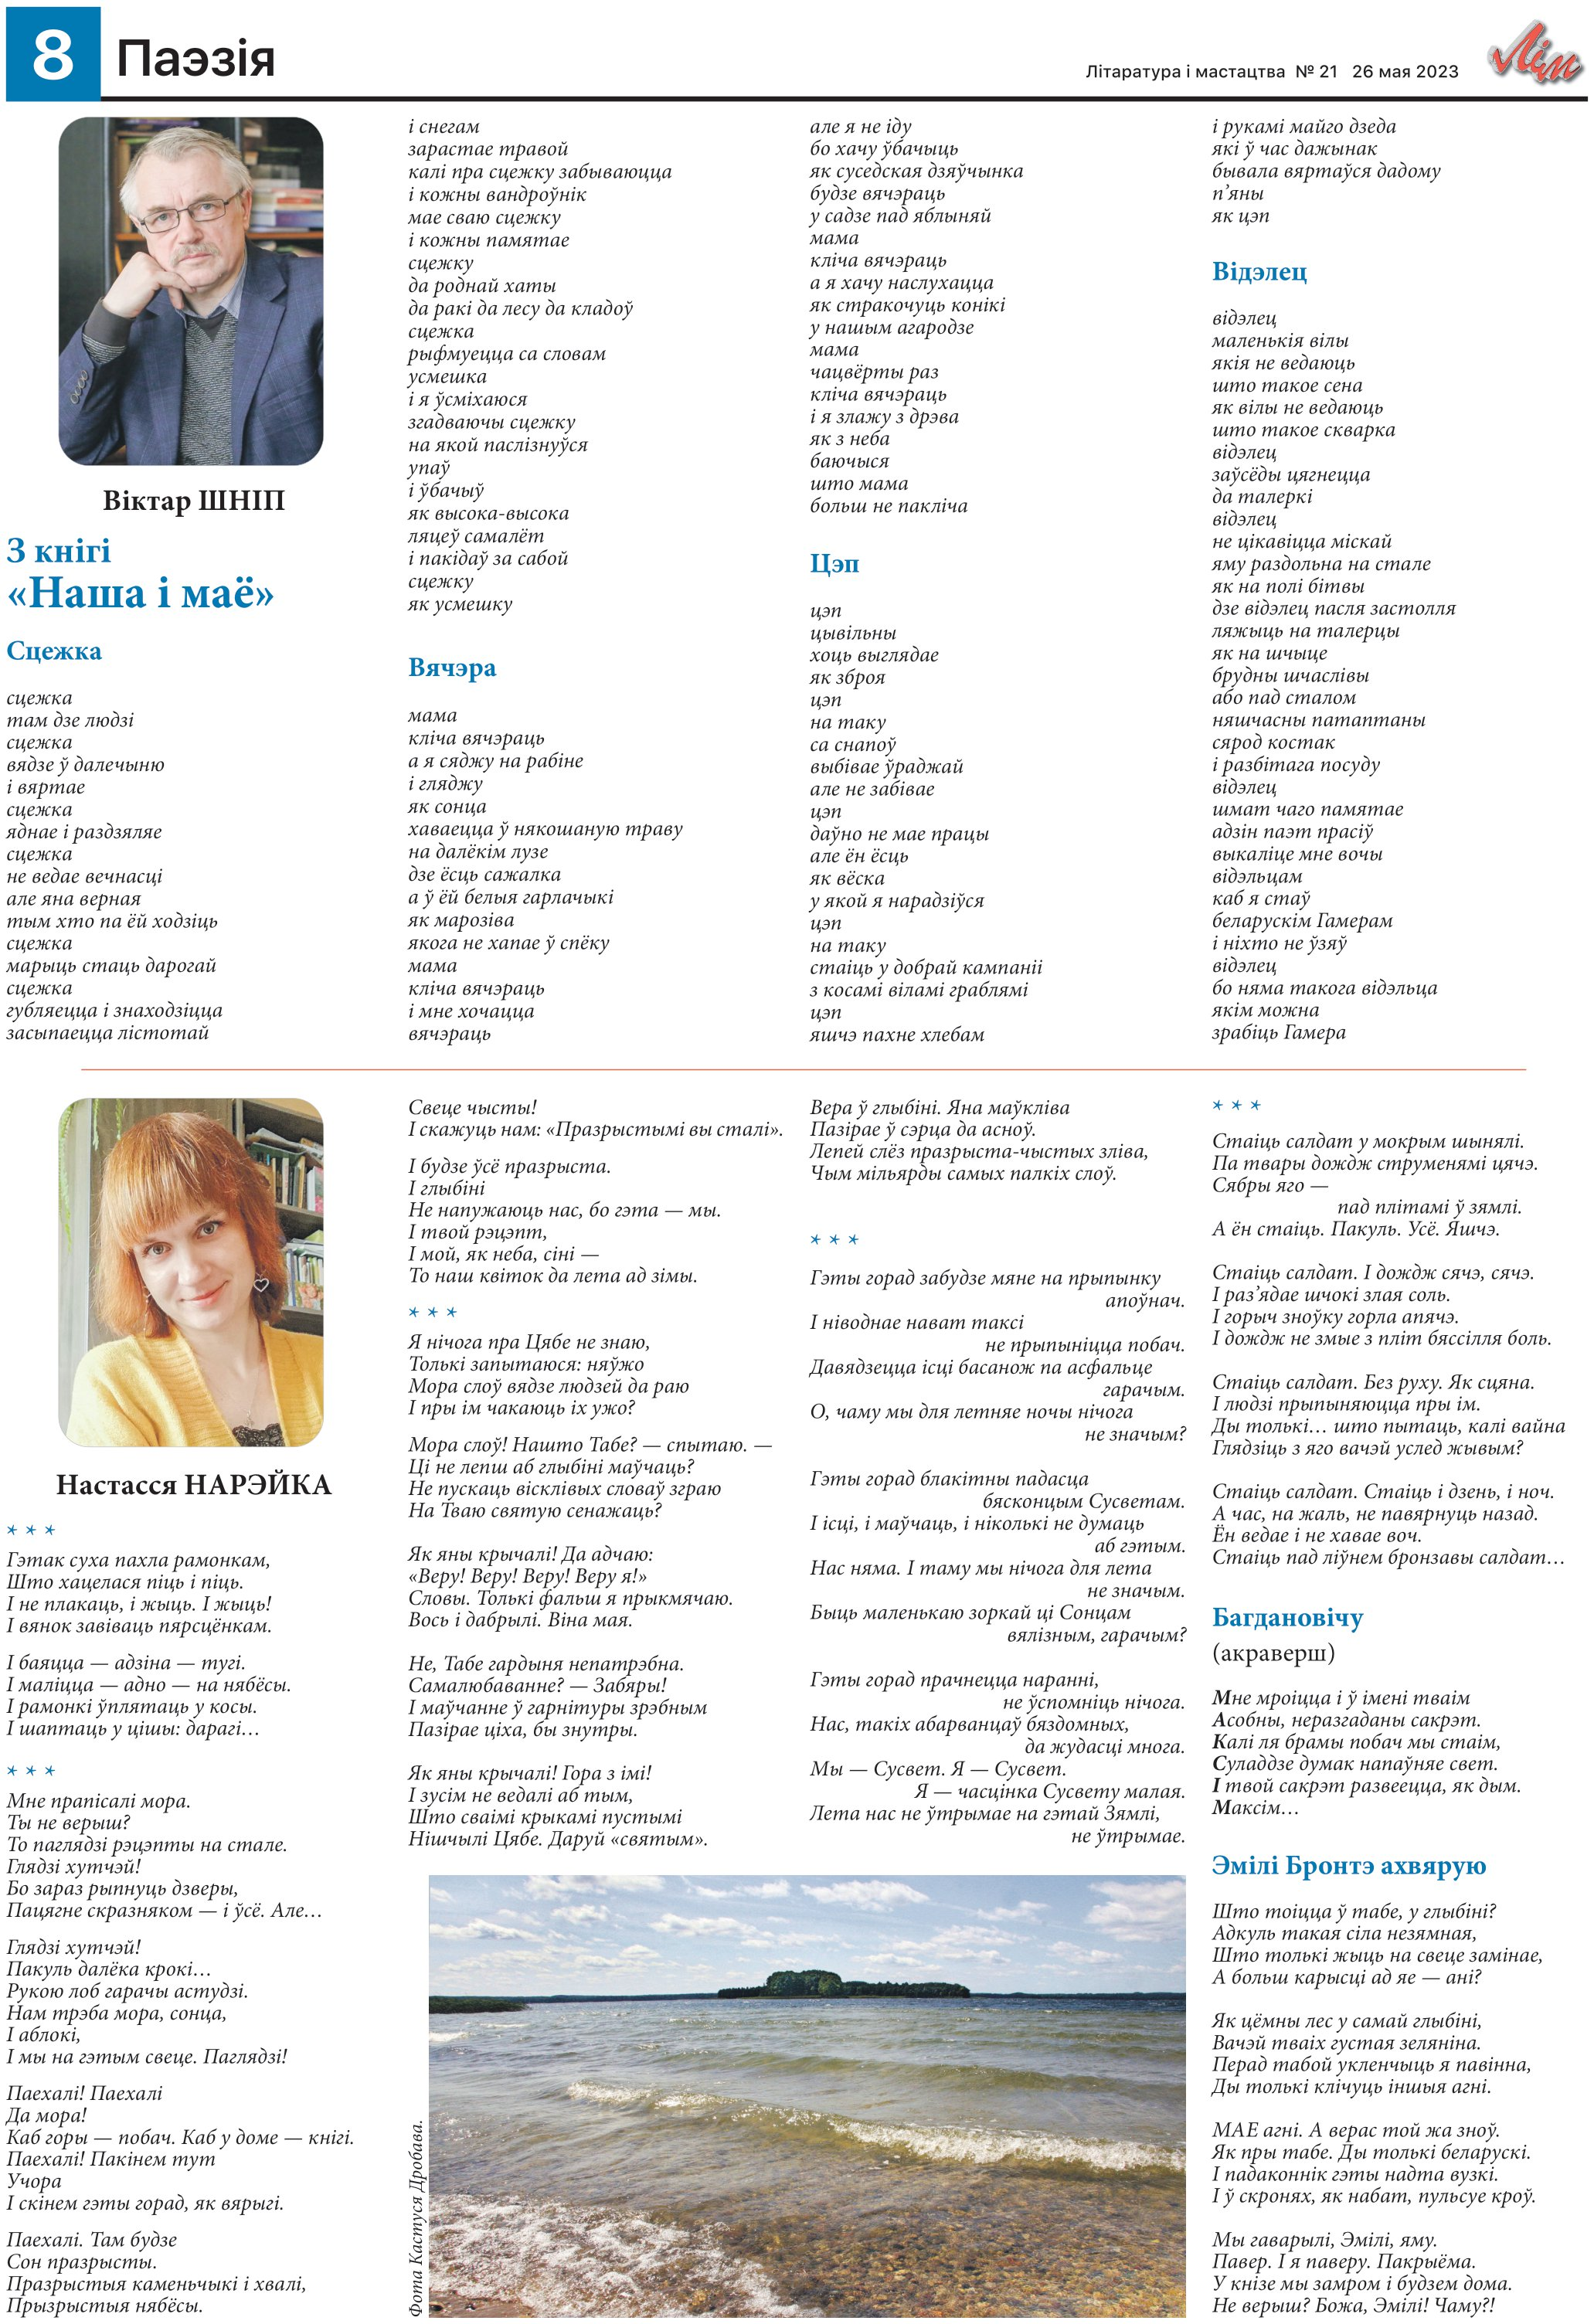
Language: be